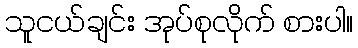
သူငယ်ချင်း အုပ်စုလိုက် စားပါ။